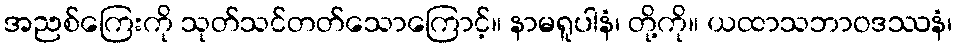
အညစ်ကြေးကို သုတ်သင်တတ်သောကြောင့်။ နာမရူပါနံ၊ တို့ကို။ ယထာသဘာဝဒဿနံ၊